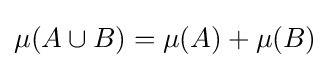
\mu (A\cup B)=\mu (A)+\mu (B)